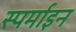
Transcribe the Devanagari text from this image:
स्पर्माइन